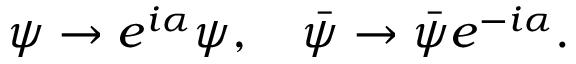
\psi \rightarrow e ^ { i \alpha } \psi , \ \ \ \bar { \psi } \rightarrow \bar { \psi } e ^ { - i \alpha } .